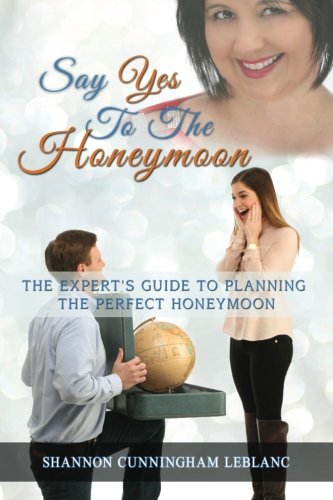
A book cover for Say Yes to the Honeymoon: The Experts Guide to Planning the Perfect Honeymoon; Shannon Cunningham LeBlanc; Crafts, Hobbies & Home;